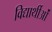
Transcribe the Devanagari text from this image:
विद्यार्थीओं